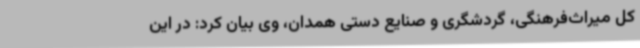
کل میراث‌فرهنگی، گردشگری و صنایع ‌دستی همدان، وی بیان کرد: در این